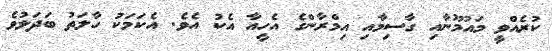
ކުރެއްވީ މައުމޫނާއި ގާސިމާއި އިމްރާންގެ އެހީއާ އެކު އެވެ. އެކަމަކު ހާލަތު ބަދަލުވެ